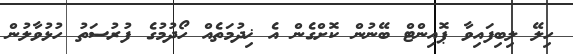
ހިލޭ ލިބިފައިވާ ޕޮއިންޓް ބޭނުން ކޮށްގެން އެ ޚިދުމަތެއް ހޯދުމުގެ ފުރުސަތު ހުޅުވާލުން